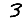
Digit: 3